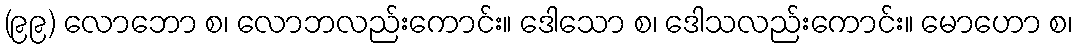
(၉၉) လောဘော စ၊ လောဘလည်းကောင်း။ ဒေါသော စ၊ ဒေါသလည်းကောင်း။ မောဟော စ၊